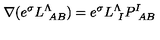
\nabla ( e ^ { \sigma } L _ { \ A B } ^ { \Lambda } ) = e ^ { \sigma } L _ { \ I } ^ { \Lambda } P _ { \ A B } ^ { I }